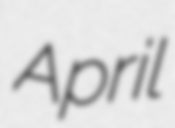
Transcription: April